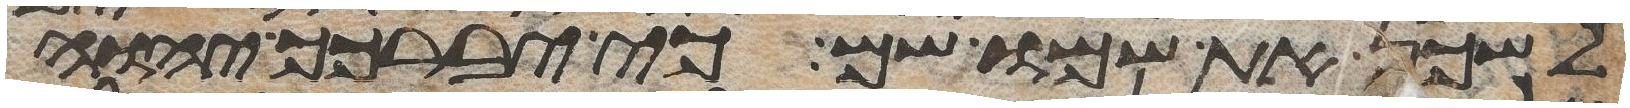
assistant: לשכן את שמו שם כי יברכך יהוה